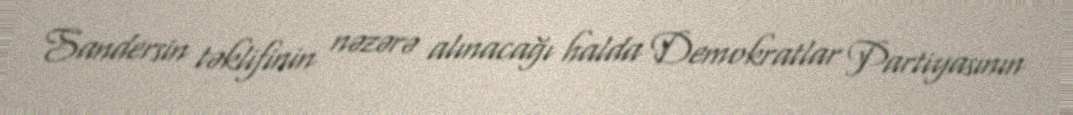
Sandersin təklifinin nəzərə alınacağı halda Demokratlar Partiyasının